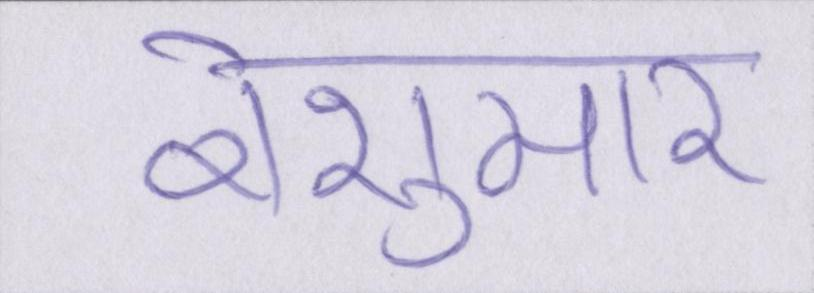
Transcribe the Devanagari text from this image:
बेशुमार